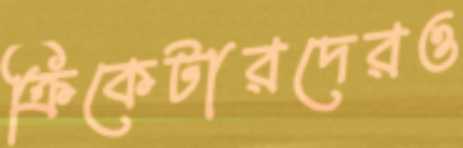
ক্রিকেটারদেরও